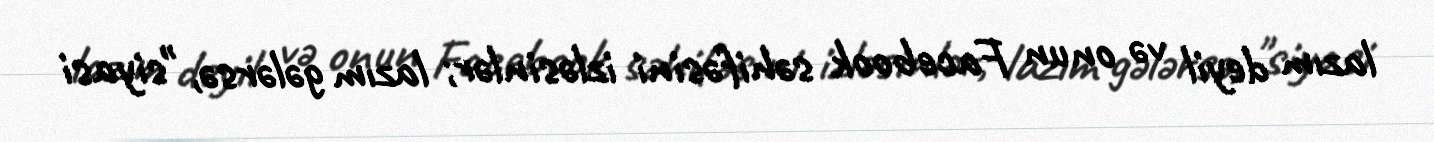
lazım deyil və onun Facebook səhifəsini izləsinlər; lazım gələrsə, "siyasi